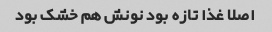
اصلا غذا تازه بود نونش هم خشک بود